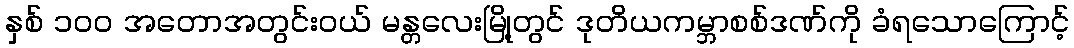
နှစ် ၁၀၀ အတောအတွင်းဝယ် မန္တလေးမြို့တွင် ဒုတိယကမ္ဘာစစ်ဒဏ်ကို ခံရသောကြောင့်